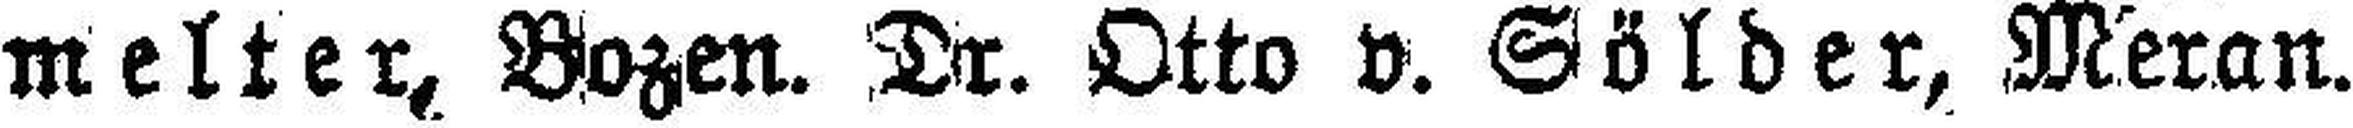
melter, Bozen. Dr. Otto v. Sölder, Meran.